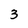
Character: 3